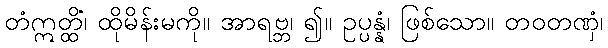
တံဣတ္ထိံ၊ ထိုမိန်းမကို။ အာရဗ္ဘ၊ ၍။ ဥပ္ပန္နံ၊ ဖြစ်သော။ တဝတဏှံ၊